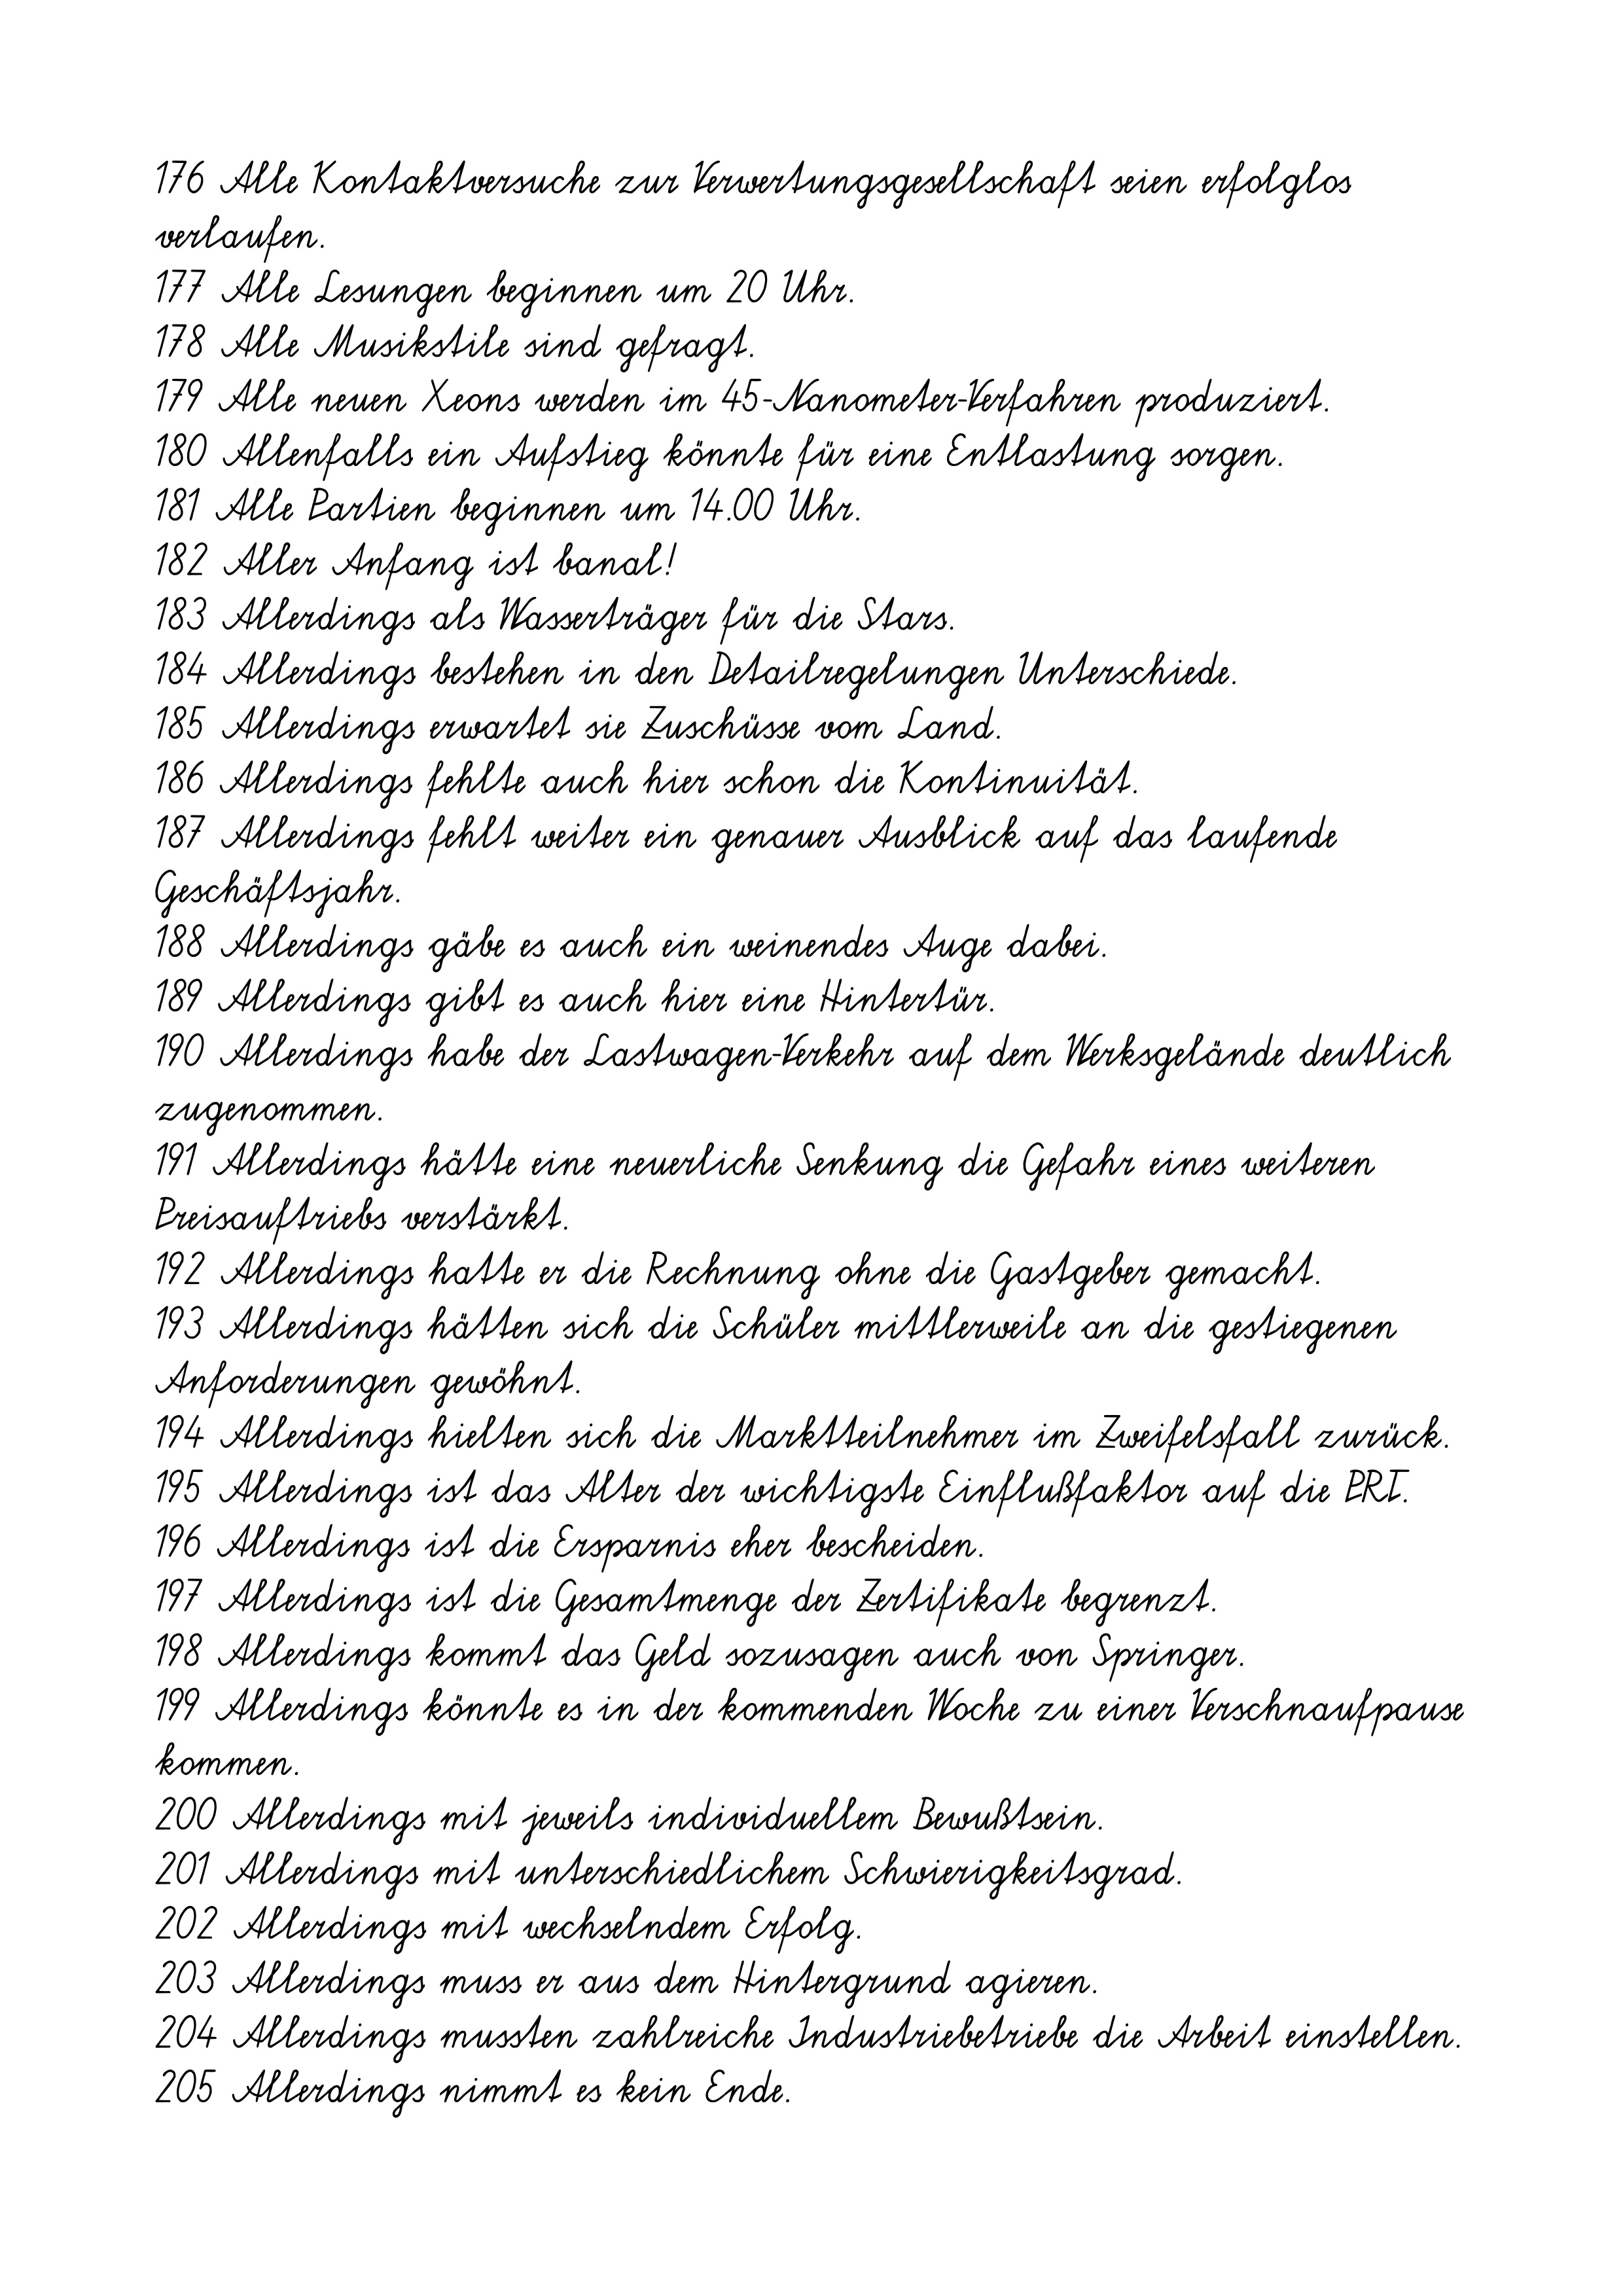
176 Alle Kontaktversuche zur Verwertungsgesellschaft seien erfolglos
verlaufen.
177 Alle Lesungen beginnen um 20 Uhr.
178 Alle Musikstile sind gefragt.
179 Alle neuen Xeons werden im 45-Nanometer-Verfahren produziert.
180 Allenfalls ein Aufstieg könnte für eine Entlastung sorgen.
181 Alle Partien beginnen um 14.00 Uhr.
182 Aller Anfang ist banal!
183 Allerdings als Wasserträger für die Stars.
184 Allerdings bestehen in den Detailregelungen Unterschiede.
185 Allerdings erwartet sie Zuschüsse vom Land.
186 Allerdings fehlte auch hier schon die Kontinuität.
187 Allerdings fehlt weiter ein genauer Ausblick auf das laufende
Geschäftsjahr.
188 Allerdings gäbe es auch ein weinendes Auge dabei.
189 Allerdings gibt es auch hier eine Hintertür.
190 Allerdings habe der Lastwagen-Verkehr auf dem Werksgelände deutlich
zugenommen.
191 Allerdings hätte eine neuerliche Senkung die Gefahr eines weiteren
Preisauftriebs verstärkt.
192 Allerdings hatte er die Rechnung ohne die Gastgeber gemacht.
193 Allerdings hätten sich die Schüler mittlerweile an die gestiegenen
Anforderungen gewöhnt.
194 Allerdings hielten sich die Marktteilnehmer im Zweifelsfall zurück.
195 Allerdings ist das Alter der wichtigste Einflußfaktor auf die PRT.
196 Allerdings ist die Ersparnis eher bescheiden.
197 Allerdings ist die Gesamtmenge der Zertifikate begrenzt.
198 Allerdings kommt das Geld sozusagen auch von Springer.
199 Allerdings könnte es in der kommenden Woche zu einer Verschnaufpause
kommen.
200 Allerdings mit jeweils individuellem Bewußtsein.
201 Allerdings mit unterschiedlichem Schwierigkeitsgrad.
202 Allerdings mit wechselndem Erfolg.
203 Allerdings muss er aus dem Hintergrund agieren.
204 Allerdings mussten zahlreiche Industriebetriebe die Arbeit einstellen.
205 Allerdings nimmt es kein Ende.